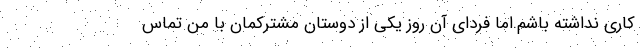
کاری نداشته باشم.اما فردای آن روز یکی از دوستان مشترکمان با من تماس